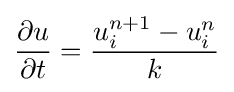
{\partial u \over \partial t}={u_{i}^{n+1}-u_{i}^{n} \over k}